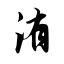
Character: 洧